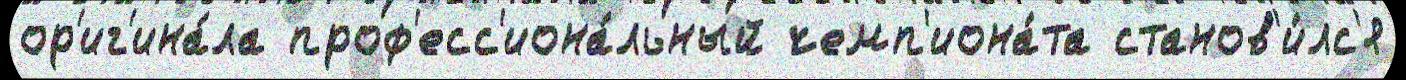
ор'иг'ина́ла проф'есс'иона́льный чемп'иона́та станов'и́лс'я